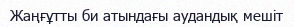
Жаңғұтты би атындағы аудандық мешіт